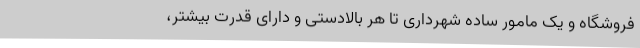
فروشگاه و یک مامور ساده شهرداری تا هر بالادستی و دارای قدرت بیشتر،